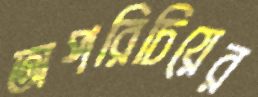
অপরিচিয়ের